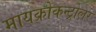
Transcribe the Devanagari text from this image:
मायक्रोकन्ट्रोलर